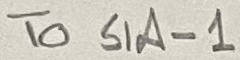
Text: To S1A-1